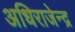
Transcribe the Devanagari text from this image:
अधिराजेन्द्र